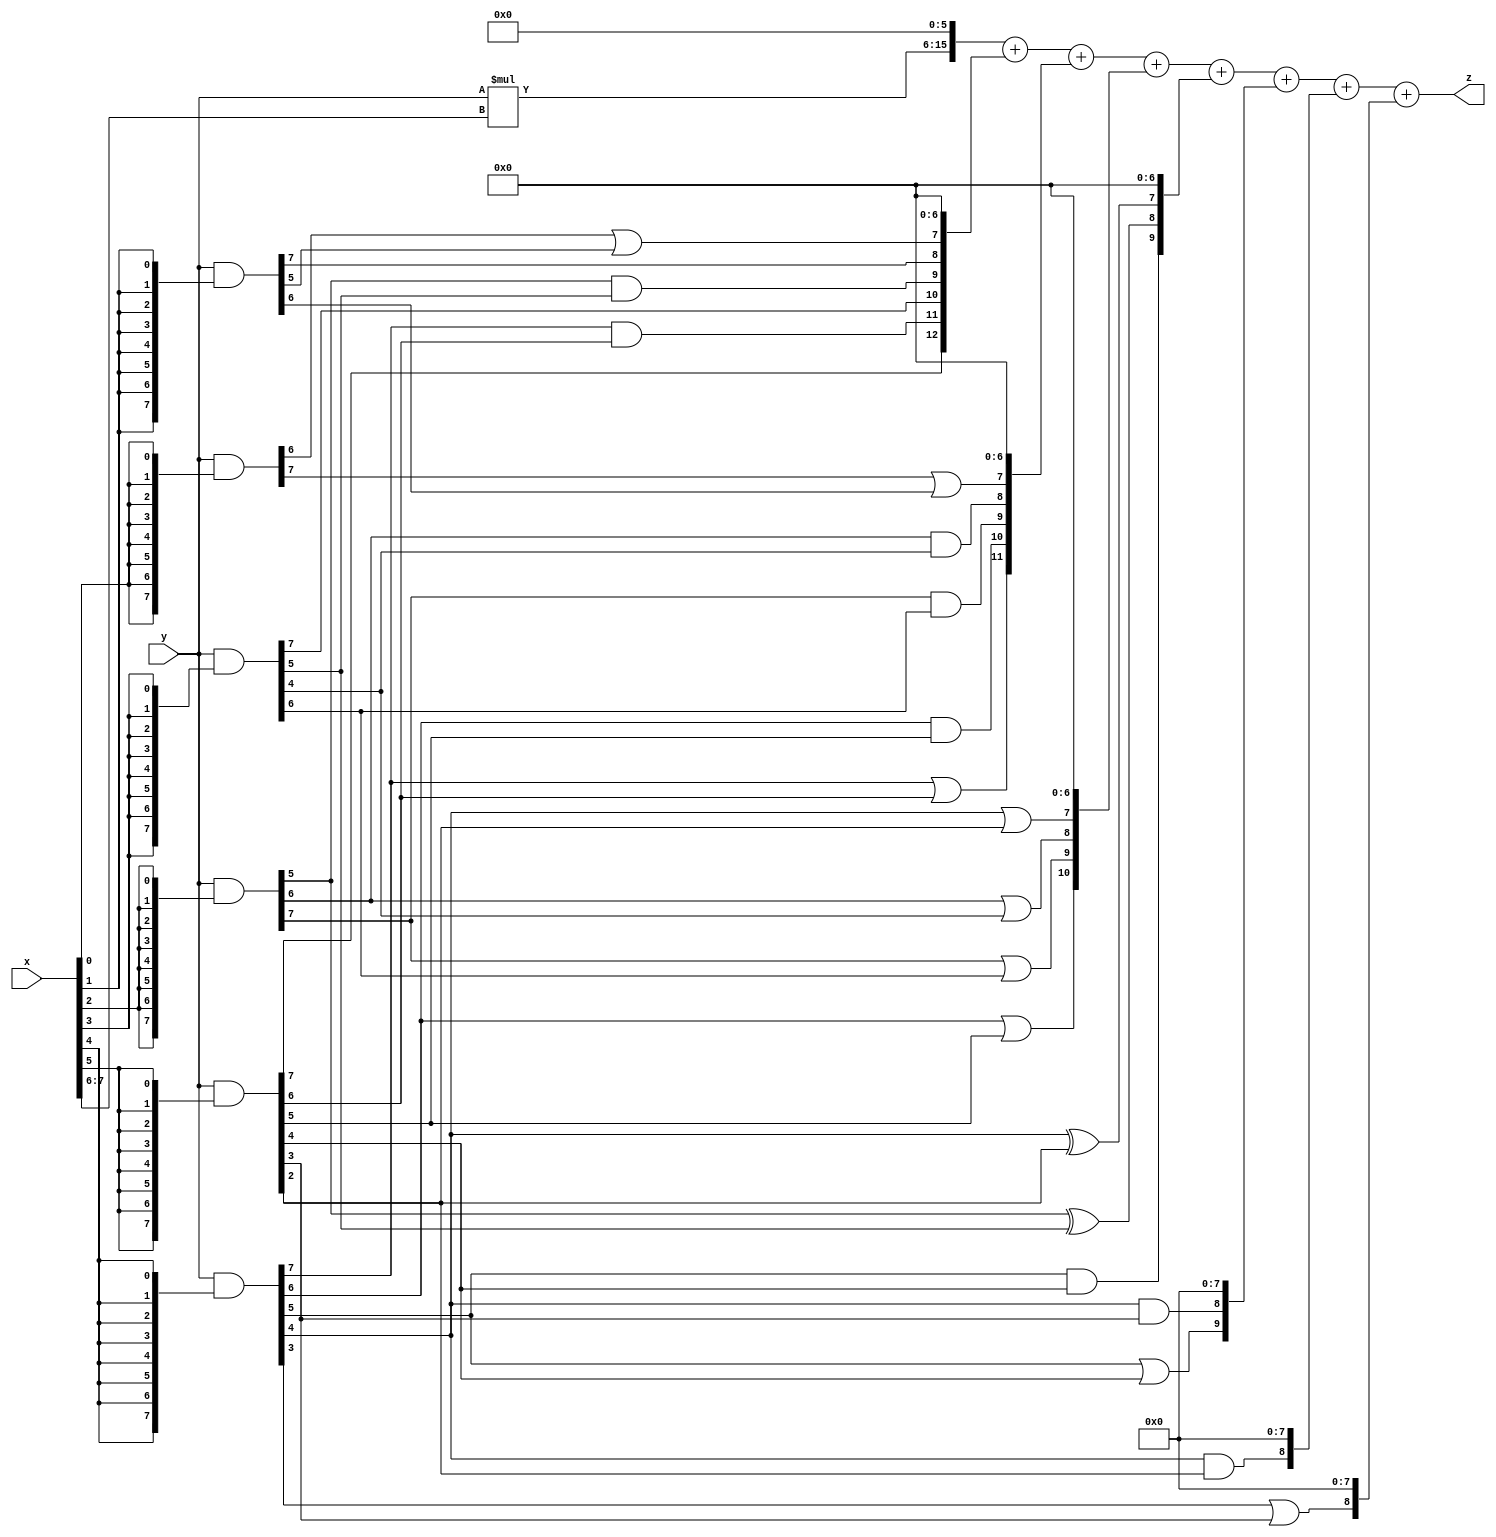
// terms: 22
// fval:  79578.25

module unsigned_exchange_8x8_l6_lamb3000_4 (
	input [7:0] x,
	input [7:0] y,
	output [15:0] z
);

wire [7:0] part1 =  y & {8{x[0]}};
wire [7:0] part2 =  y & {8{x[1]}};
wire [7:0] part3 =  y & {8{x[2]}};
wire [7:0] part4 =  y & {8{x[3]}};
wire [7:0] part5 =  y & {8{x[4]}};
wire [7:0] part6 =  y & {8{x[5]}};
wire [7:0] part7 =  y & {8{x[6]}};
wire [7:0] part8 =  y & {8{x[7]}};

wire [12:0] new_part1;
assign new_part1[0] = 0;
assign new_part1[1] = 0;
assign new_part1[2] = 0;
assign new_part1[3] = 0;
assign new_part1[4] = 0;
assign new_part1[5] = 0;
assign new_part1[6] = 0;
assign new_part1[7] = part1[6] | part2[5];
assign new_part1[8] = part2[7];
assign new_part1[9] = part3[5] & part4[5];
assign new_part1[10] = part4[7];
assign new_part1[11] = part5[7] & part6[6];
assign new_part1[12] = part6[7];

wire [11:0] new_part2;
assign new_part2[0] = 0;
assign new_part2[1] = 0;
assign new_part2[2] = 0;
assign new_part2[3] = 0;
assign new_part2[4] = 0;
assign new_part2[5] = 0;
assign new_part2[6] = 0;
assign new_part2[7] = part1[7] | part2[6];
assign new_part2[8] = part3[6] & part4[4];
assign new_part2[9] = part3[7] & part4[6];
assign new_part2[10] = part5[6] & part6[5];
assign new_part2[11] = part5[7] | part6[6];

wire [10:0] new_part3;
assign new_part3[0] = 0;
assign new_part3[1] = 0;
assign new_part3[2] = 0;
assign new_part3[3] = 0;
assign new_part3[4] = 0;
assign new_part3[5] = 0;
assign new_part3[6] = 0;
assign new_part3[7] = part5[4] | part6[2];
assign new_part3[8] = part3[6] | part4[4];
assign new_part3[9] = part3[7] | part4[6];
assign new_part3[10] = part5[6] | part6[5];

wire [9:0] new_part4;
assign new_part4[0] = 0;
assign new_part4[1] = 0;
assign new_part4[2] = 0;
assign new_part4[3] = 0;
assign new_part4[4] = 0;
assign new_part4[5] = 0;
assign new_part4[6] = 0;
assign new_part4[7] = part5[4] ^ part6[2];
assign new_part4[8] = part3[5] ^ part4[5];
assign new_part4[9] = part5[5] & part6[4];

wire [9:0] new_part5;
assign new_part5[0] = 0;
assign new_part5[1] = 0;
assign new_part5[2] = 0;
assign new_part5[3] = 0;
assign new_part5[4] = 0;
assign new_part5[5] = 0;
assign new_part5[6] = 0;
assign new_part5[7] = 0;
assign new_part5[8] = part5[4] & part6[3];
assign new_part5[9] = part5[5] | part6[4];

wire [8:0] new_part6;
assign new_part6[0] = 0;
assign new_part6[1] = 0;
assign new_part6[2] = 0;
assign new_part6[3] = 0;
assign new_part6[4] = 0;
assign new_part6[5] = 0;
assign new_part6[6] = 0;
assign new_part6[7] = 0;
assign new_part6[8] = part5[4] & part6[2];

wire [8:0] new_part7;
assign new_part7[0] = 0;
assign new_part7[1] = 0;
assign new_part7[2] = 0;
assign new_part7[3] = 0;
assign new_part7[4] = 0;
assign new_part7[5] = 0;
assign new_part7[6] = 0;
assign new_part7[7] = 0;
assign new_part7[8] = part5[3] | part6[3];

wire [9:0] tmp_z = y*x[7:6];

assign z = {tmp_z, 6'd 0} + new_part1 + new_part2 + new_part3 + new_part4 + new_part5 + new_part6 + new_part7;

endmodule